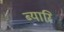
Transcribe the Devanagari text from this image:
ब्यारि